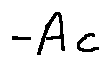
- A c